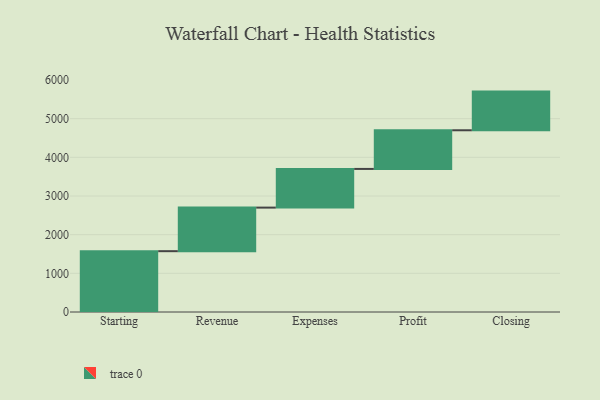
{"axis": {"x": "Step", "y": "Value"}, "legend": [""], "data": [{"x": "Starting", "y": 1573.0, "type": ""}, {"x": "Revenue", "y": 1127.0, "type": ""}, {"x": "Expenses", "y": 1000, "type": ""}, {"x": "Profit", "y": 1000, "type": ""}, {"x": "Closing", "y": 1000, "type": ""}]}